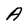
Character: A